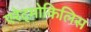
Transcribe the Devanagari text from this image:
एरेट्मोकिलिस